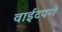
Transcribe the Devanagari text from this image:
वाईटपणे